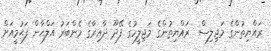
ރައްޔިތުންގެ މަޖިލިސް  ރައްޔިތުންގެ މަޖިލީހުގެ ފޭދޫ ދާއިރާގެ މެންބަރު އަލްޙާން ފަޙުމީއަށް